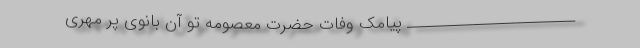
________________________ پیامک وفات حضرت معصومه تو آن بانوی پر مهری